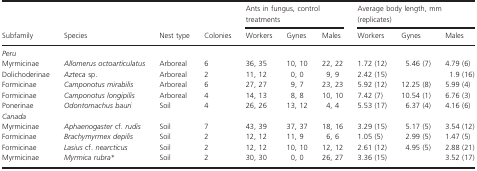
<table><thead><tr><td></td><td></td><td></td><td></td><td colspan="3"><b>Ants in fungus, control treatments</b></td><td colspan="3"><b>Average body length, mm (replicates)</b></td></tr><tr><td><b>Subfamily</b></td><td><b>Species</b></td><td><b>Nest type</b></td><td><b>Colonies</b></td><td><b>Workers</b></td><td><b>Gynes</b></td><td><b>Males</b></td><td><b>Workers</b></td><td><b>Gynes</b></td><td><b>Males</b></td></tr></thead><tbody><tr><td colspan="10"><i>Peru</i></td></tr><tr><td>Myrmicinae</td><td><i>Allomerus octoarticulatus</i></td><td>Arboreal</td><td>6</td><td>36, 35</td><td>10, 10</td><td>22, 22</td><td>1.72 (12)</td><td>5.46 (7)</td><td>4.79 (6)</td></tr><tr><td>Dolichoderinae</td><td><i>Azteca</i> sp.</td><td>Arboreal</td><td>2</td><td>11, 12</td><td>0, 0</td><td>9, 9</td><td>2.42 (15)</td><td></td><td>1.9 (16)</td></tr><tr><td>Formicinae</td><td><i>Camponotus mirabilis</i></td><td>Arboreal</td><td>6</td><td>27, 27</td><td>9, 7</td><td>23, 23</td><td>5.92 (12)</td><td>12.25 (8)</td><td>5.99 (4)</td></tr><tr><td>Formicinae</td><td><i>Camponotus longipilis</i></td><td>Arboreal</td><td>4</td><td>14, 13</td><td>8, 8</td><td>10, 10</td><td>7.42 (7)</td><td>10.54 (1)</td><td>6.76 (3)</td></tr><tr><td>Ponerinae</td><td><i>Odontomachus bauri</i></td><td>Soil</td><td>4</td><td>26, 26</td><td>13, 12</td><td>4, 4</td><td>5.53 (17)</td><td>6.37 (4)</td><td>4.16 (6)</td></tr><tr><td colspan="10"><i>Canada</i></td></tr><tr><td>Myrmicinae</td><td><i>Aphaenogaster</i> cf. <i>rudis</i></td><td>Soil</td><td>7</td><td>43, 39</td><td>37, 37</td><td>18, 16</td><td>3.29 (15)</td><td>5.17 (5)</td><td>3.54 (12)</td></tr><tr><td>Formicinae</td><td><i>Brachymyrmex depilis</i></td><td>Soil</td><td>2</td><td>12, 12</td><td>11, 9</td><td>6, 6</td><td>1.05 (5)</td><td>2.99 (5)</td><td>1.47 (5)</td></tr><tr><td>Formicinae</td><td><i>Lasius</i> cf. <i>nearcticus</i></td><td>Soil</td><td>2</td><td>12, 12</td><td>10, 10</td><td>12, 12</td><td>2.61 (12)</td><td>4.95 (5)</td><td>2.88 (21)</td></tr><tr><td>Myrmicinae</td><td><i>Myrmica rubra</i>*</td><td>Soil</td><td>2</td><td>30, 30</td><td>0, 0</td><td>26, 27</td><td>3.36 (15)</td><td></td><td>3.52 (17)</td></tr></tbody></table>